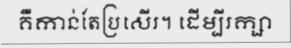
គឺកាន់តែប្រសើរ។ ដើម្បីរក្សា